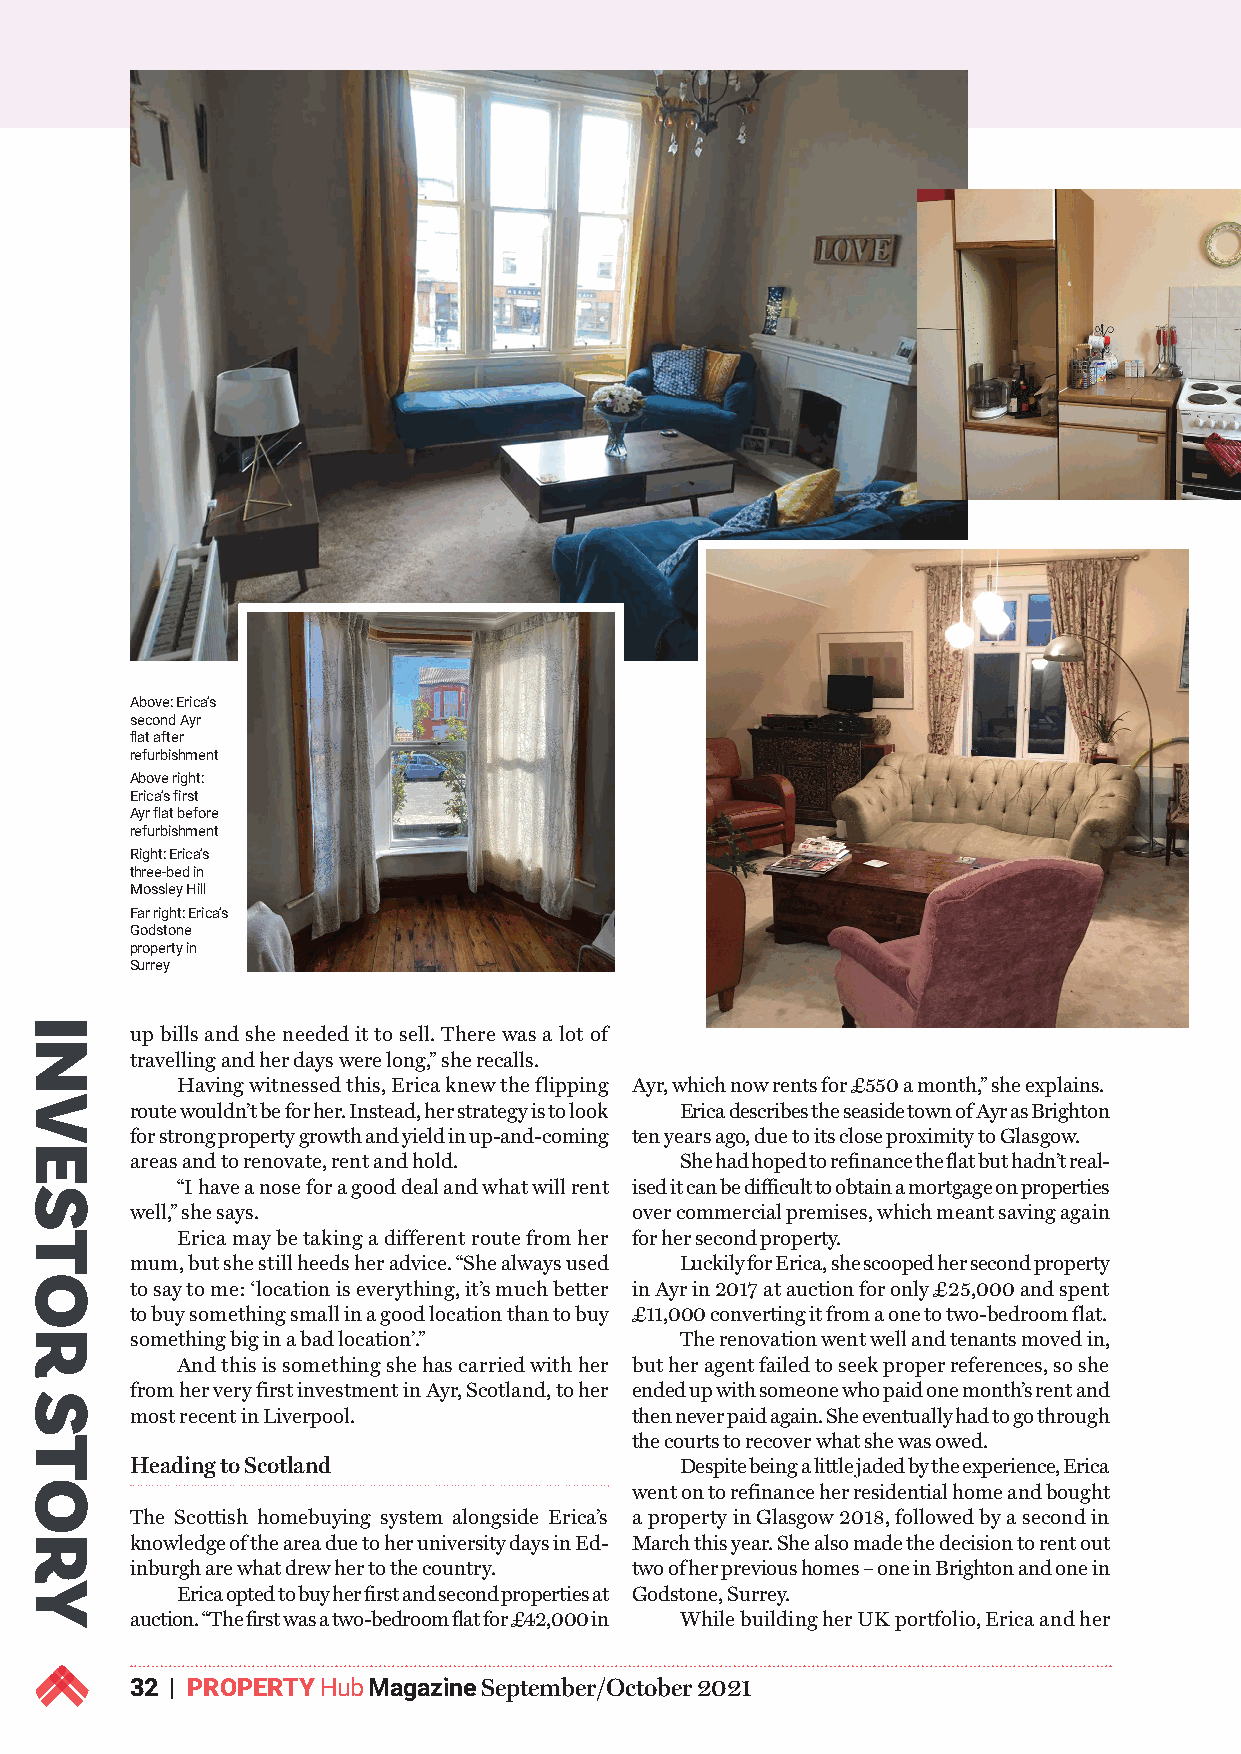
Above: Erica’s
 second Ayr
 flat after
 refurbishment
 Above right:
 Erica’s first
 Ayr flat before
 refurbishment
 Right: Erica’s
 three-bed in
 Mossley Hill
 Far right: Erica’s
 Godstone
 property in
 Surrey
 up bills and she needed it to sell. There was a lot of
 travelling and her days were long,” she recalls.
 Having witnessed this, Erica knew the flipping Ayr, which now rents for £550 a month,” she explains.
 route wouldn’t be for her. Instead, her strategy is to look Erica describes the seaside town of Ayr as Brighton
 for strong property growth and yield in up-and-coming ten years ago, due to its close proximity to Glasgow.
 areas and to renovate, rent and hold. She had hoped to refinance the flat but hadn’t real-
 “I have a nose for a good deal and what will rent ised it can be difficult to obtain a mortgage on properties
 well,” she says.                 over commercial premises, which meant saving again
 Erica may be taking a different route from her for her second property.
 mum, but she still heeds her advice. “She always used Luckily for Erica, she scooped her second property
 to say to me: ‘location is everything, it’s much better in Ayr in 2017 at auction for only £25,000 and spent
 to buy something small in a good location than to buy £11,000 converting it from a one to two-bedroom flat.
 something big in a bad location’.”  The renovation went well and tenants moved in,
 And this is something she has carried with her but her agent failed to seek proper references, so she
 from her very first investment in Ayr, Scotland, to her ended up with someone who paid one month’s rent and
 most recent in Liverpool.        then never paid again. She eventually had to go through
 the courts to recover what she was owed.
 Heading to Scotland                 Despite being a little jaded by the experience, Erica
 went on to refinance her residential home and bought
 The Scottish homebuying system alongside Erica’s a property in Glasgow 2018, followed by a second in
 knowledge of the area due to her university days in Ed- March this year. She also made the decision to rent out
 inburgh are what drew her to the country. two of her previous homes – one in Brighton and one in
 Erica opted to buy her first and second properties at Godstone, Surrey.
 auction. “The first was a two-bedroom flat for £42,000 in While building her UK portfolio, Erica and her
 32 | PROPERTY Hub Magazine September/October 2021
 INVESTOR
 STORY